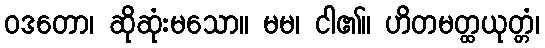
ဝဒတော၊ ဆိုဆုံးမသော။ မမ၊ ငါ၏။ ဟိတမတ္ထယုတ္တံ၊